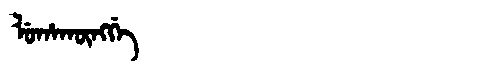
Manchu: ᠯᡠᡥᠠᡴᡡᠩᡤᡝ
Romanization: LUHAKŪNGGE